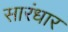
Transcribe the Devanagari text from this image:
सारंधार